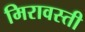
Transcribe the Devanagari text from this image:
मिरावस्ती